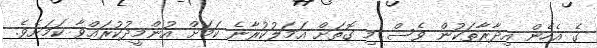
ގެ އެހެން އިދާރާތަކުން ވެސް މި ގޮތަށް އަމަލުކުރާނެ ކަމަށް އުންމީދުކުރައްވާ ކަމަށެވެ.